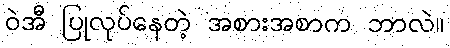
ဝဲအီ ပြုလုပ်နေတဲ့ အစားအစာက ဘာလဲ။